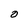
Character: O